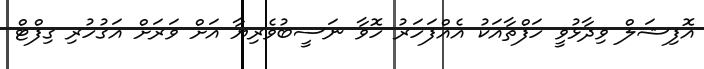
އޮފިޝަލް ވިދާޅުވީ ހަފްތާއަކު އެއްފަހަރު ހޮވާ ނަސީބުވެރިޔާ އަށް ވަރަށް އަގުހުރި ގިފްޓް